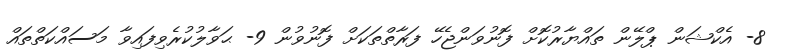
8- އެކްޝަން ޕްލޭން ތައްޔާރުކޮށް ފޮނުވަންޖެހޭ ފަރާތްތަކަށް ފޮނުވުން 9- ޙަވާލުކުރެވިފައިވާ މަސައްކަތްތައް